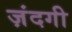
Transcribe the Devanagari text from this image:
ज़ंदगी